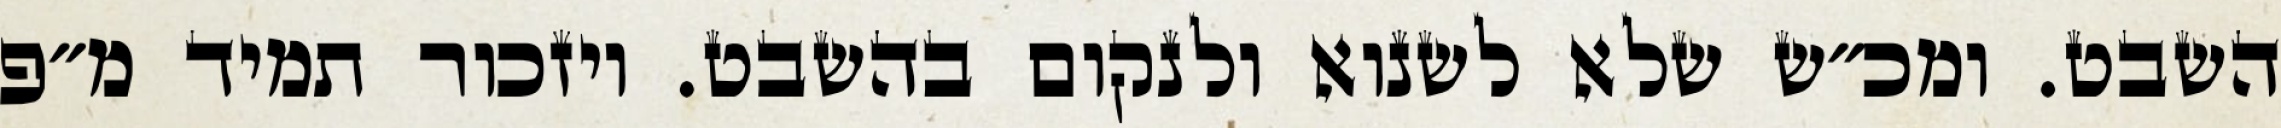
השבט. ומכ״ש שלא לשנוא ולנקום בהשבט. ויזכור תמיד מ״פ